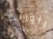
الوريث